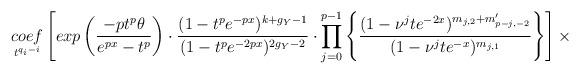
LaTeX: \begin{align*}\underset{t^{q_{i}-i}}{coef}\left[exp\left(\frac{-pt^{p}\theta}{e^{px}-t^{p}} \right)\cdot\frac{(1-t^{p}e^{-px})^{k+g_{Y}-1}}{(1-t^{p}e^{-2px})^{2g_{Y}-2}}\cdot \prod_{j=0}^{p-1}\left\{\frac{(1-\nu^{j}te^{-2x})^{m_{j,2}+m'_{p-j,-2}}}{(1-\nu^{j}te^{-x})^{m_{j,1}}} \right\}\right]\times\end{align*}